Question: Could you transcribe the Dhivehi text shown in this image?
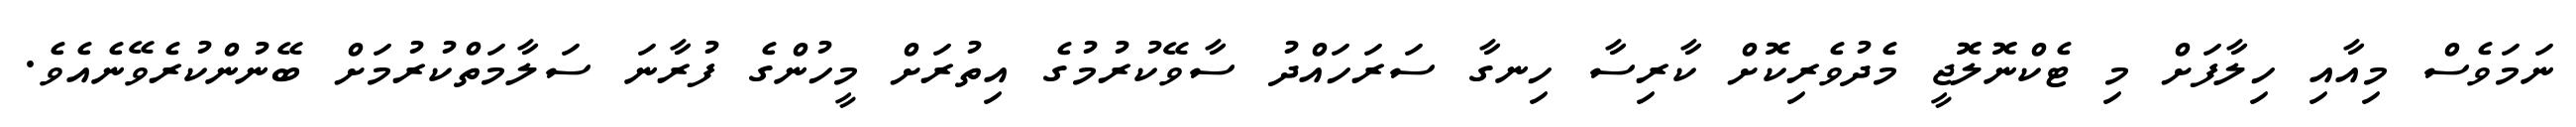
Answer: ނަމަވެސް މިއާއި ހިލާފަށް މި ޓެކްނޮލޮޖީ މެދުވެރިކޮށް ކާރިސާ ހިނގާ ސަރަހައްދު ސާވޭކުރުމުގެ އިތުރަށް މީހުންގެ ފުރާނަ ސަލާމަތްކުރުމަށް ބޭނުންކުރެވޭނެއެވެ.